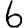
Digit: 6